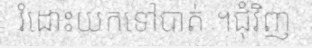
រំដោះយកទៅបាត់ ។ជុំវិញ